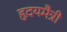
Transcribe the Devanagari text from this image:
हृदयमैत्री